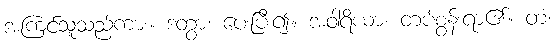
အကြင်သူသည်ကား။ ဒတွာ၊ ပေးပြီး၍။ အဝါရိယာ၊ တပ်စွန်းရာ၏။ တံ၊